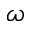
\omega